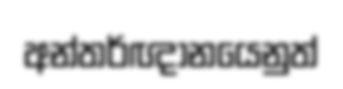
අන්තර්ඥානයෙනුත්